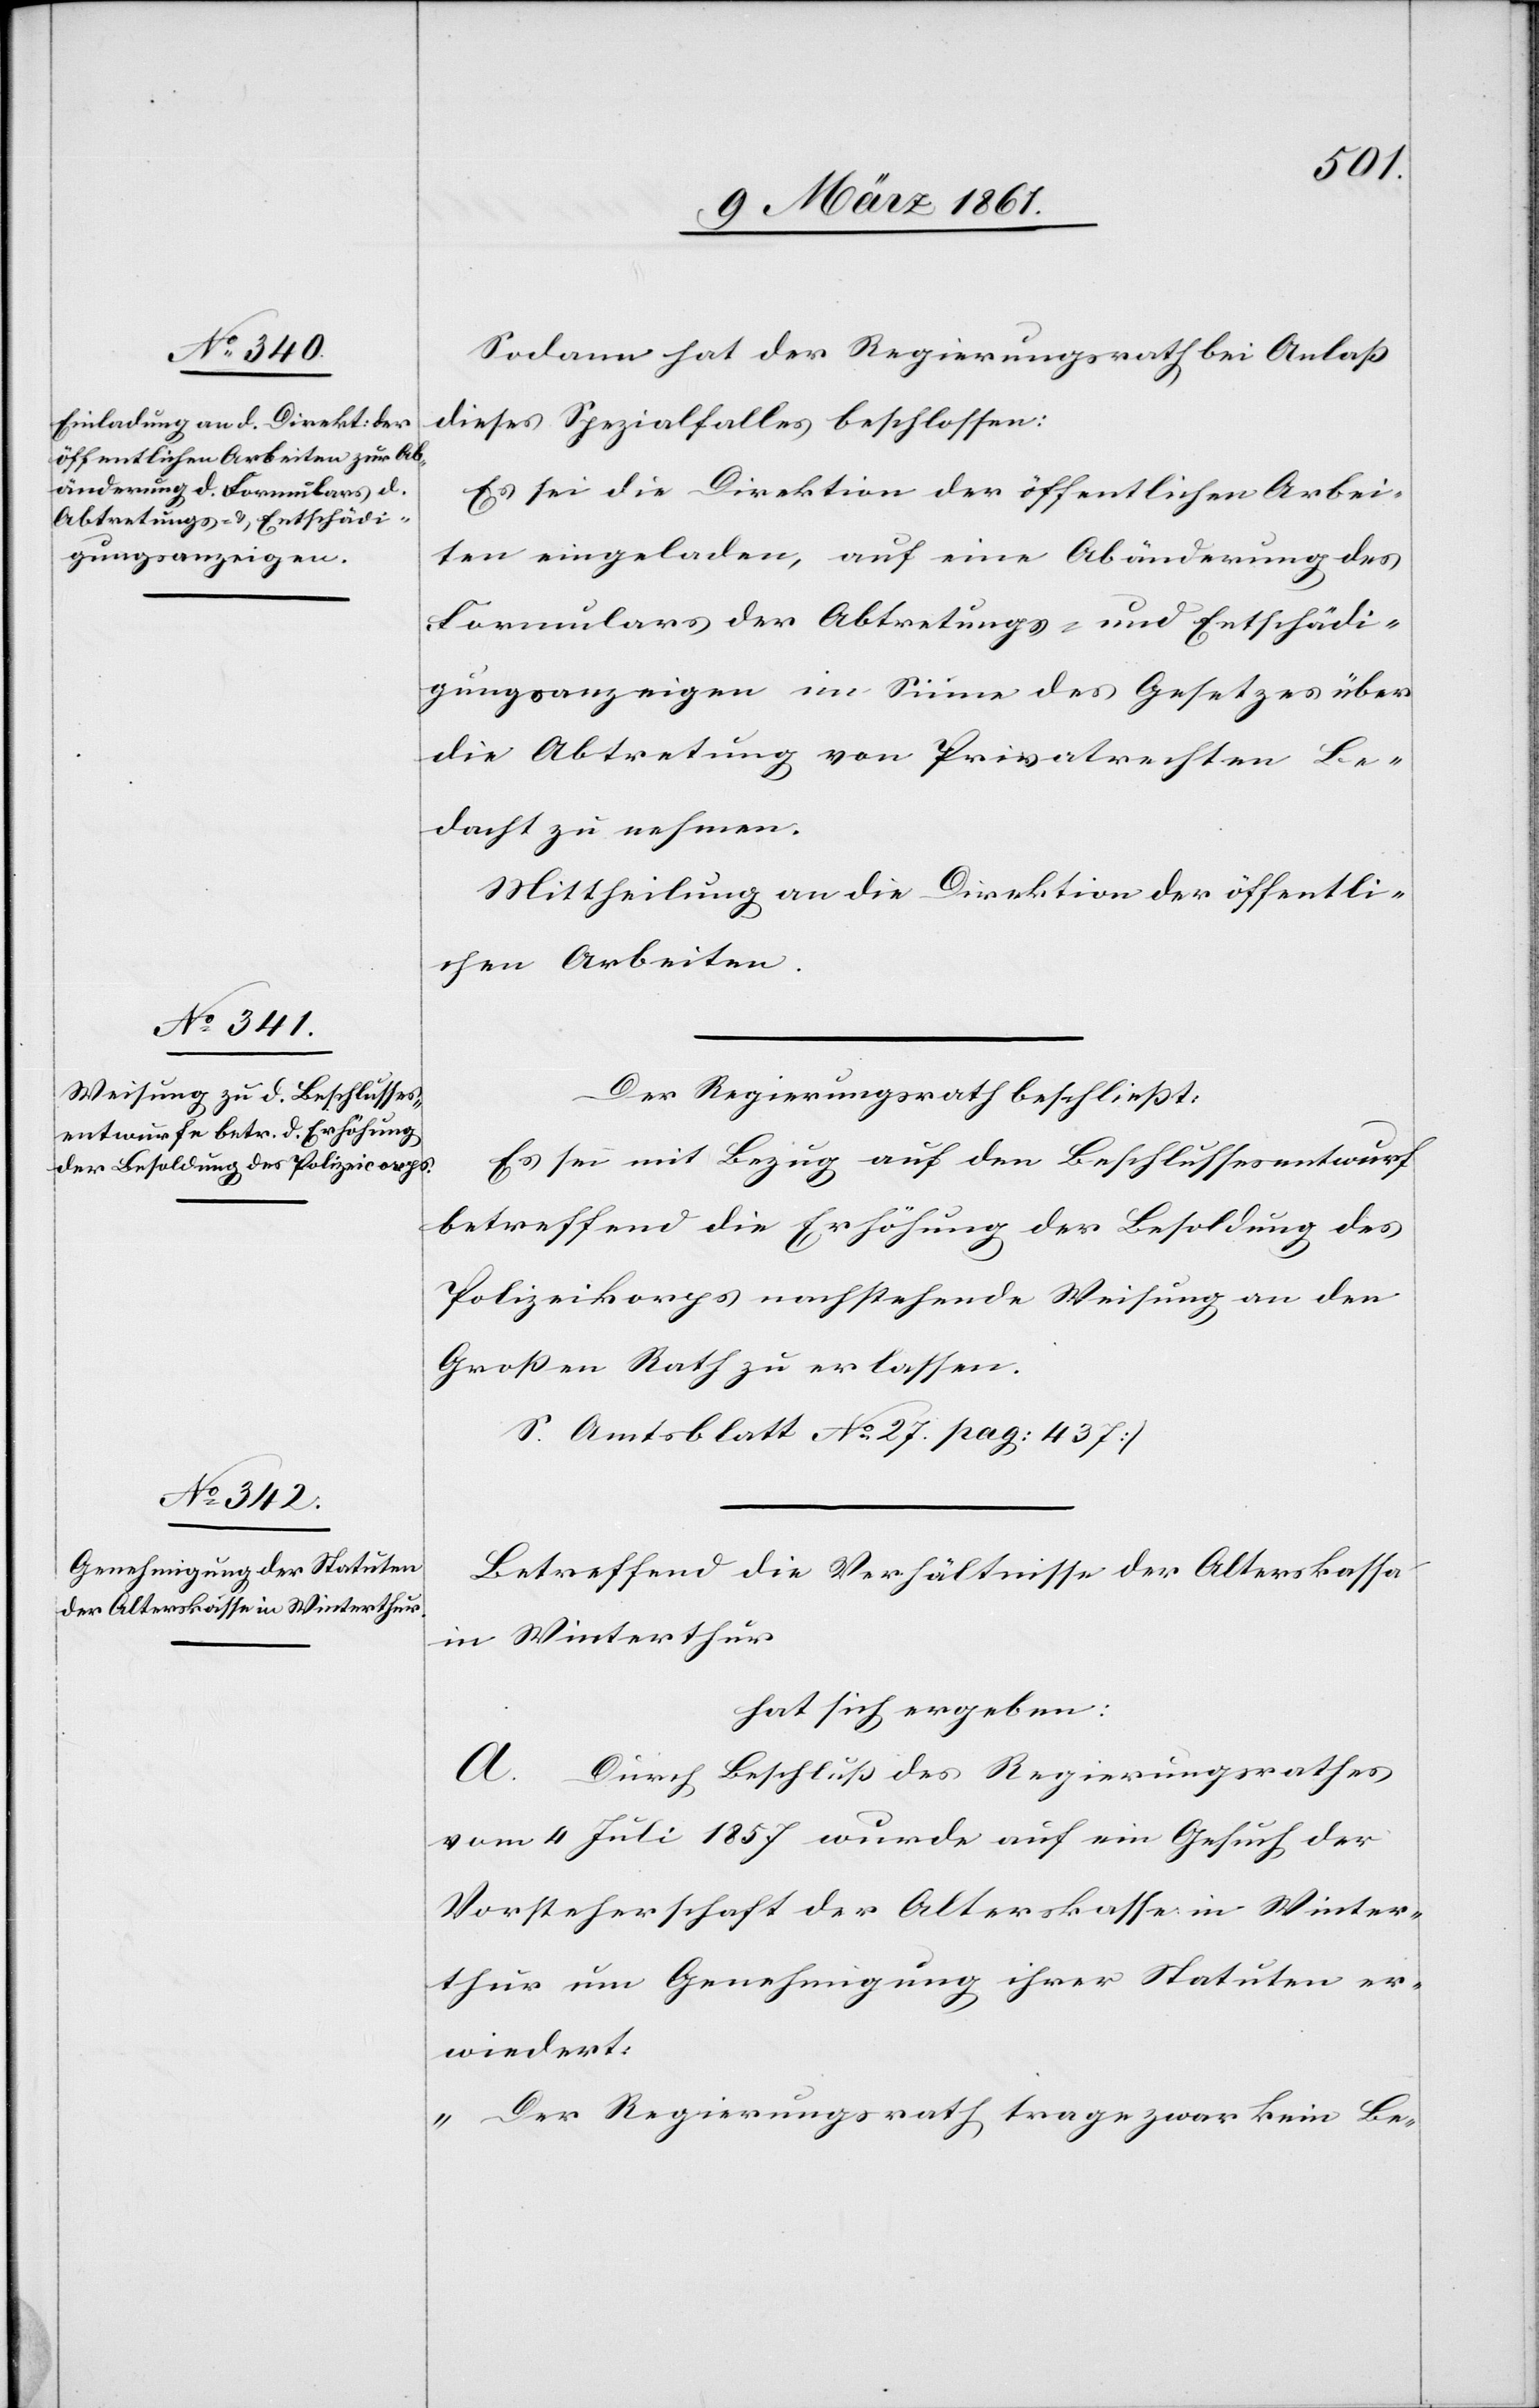
Sodann hat der Regierungsrath bei Anlass
dieses Spezialfalles beschlossen:
Es sei die Direktion der öffentlichen Arbei¬
ten eingeladen, auf eine Abänderung des
Formulars der Abtretungs- und Entschädi¬
gungsanzeigen im Sinne des Gesetzes über
die Abtretung von Privatrechten Be¬
dacht zu nehmen.
Mittheilung an die Direktion der öffentli¬
chen Arbeiten.
Der Regierungsrath beschliesst:
Es sei mit Bezug auf den Beschlussesentwurf
betreffend die Erhöhung der Besoldung des
Polizeikorps nachstehende Weisung an den
Grossen Rath zu erlassen.
[(]S. Amtsblatt No 27 pag: 437.)
Betreffend die Verhältnisse der Alterskassa
in Winterthur
hat sich ergeben:
A. Durch Beschluß des Regierungsrathes
vom 4. Juli 1857 wurde auf ein Gesuch der
Vorsteherschaft der Alterskasse in Winter¬
thur um Genehmigung ihrer Statuten er¬
wiedert:
„Der Regierungsrath trage zwar kein Be-